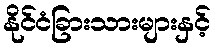
နိုင်ငံခြားသားများနှင့်